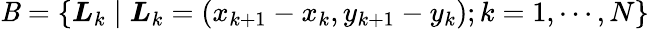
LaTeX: \mathit{B}=\{ \boldsymbol{L}_{k}\mid\boldsymbol{L}_{k}=(x_{k+1}-x_{k},y_{k+1}-y_{k});k=1,\cdots,N\}